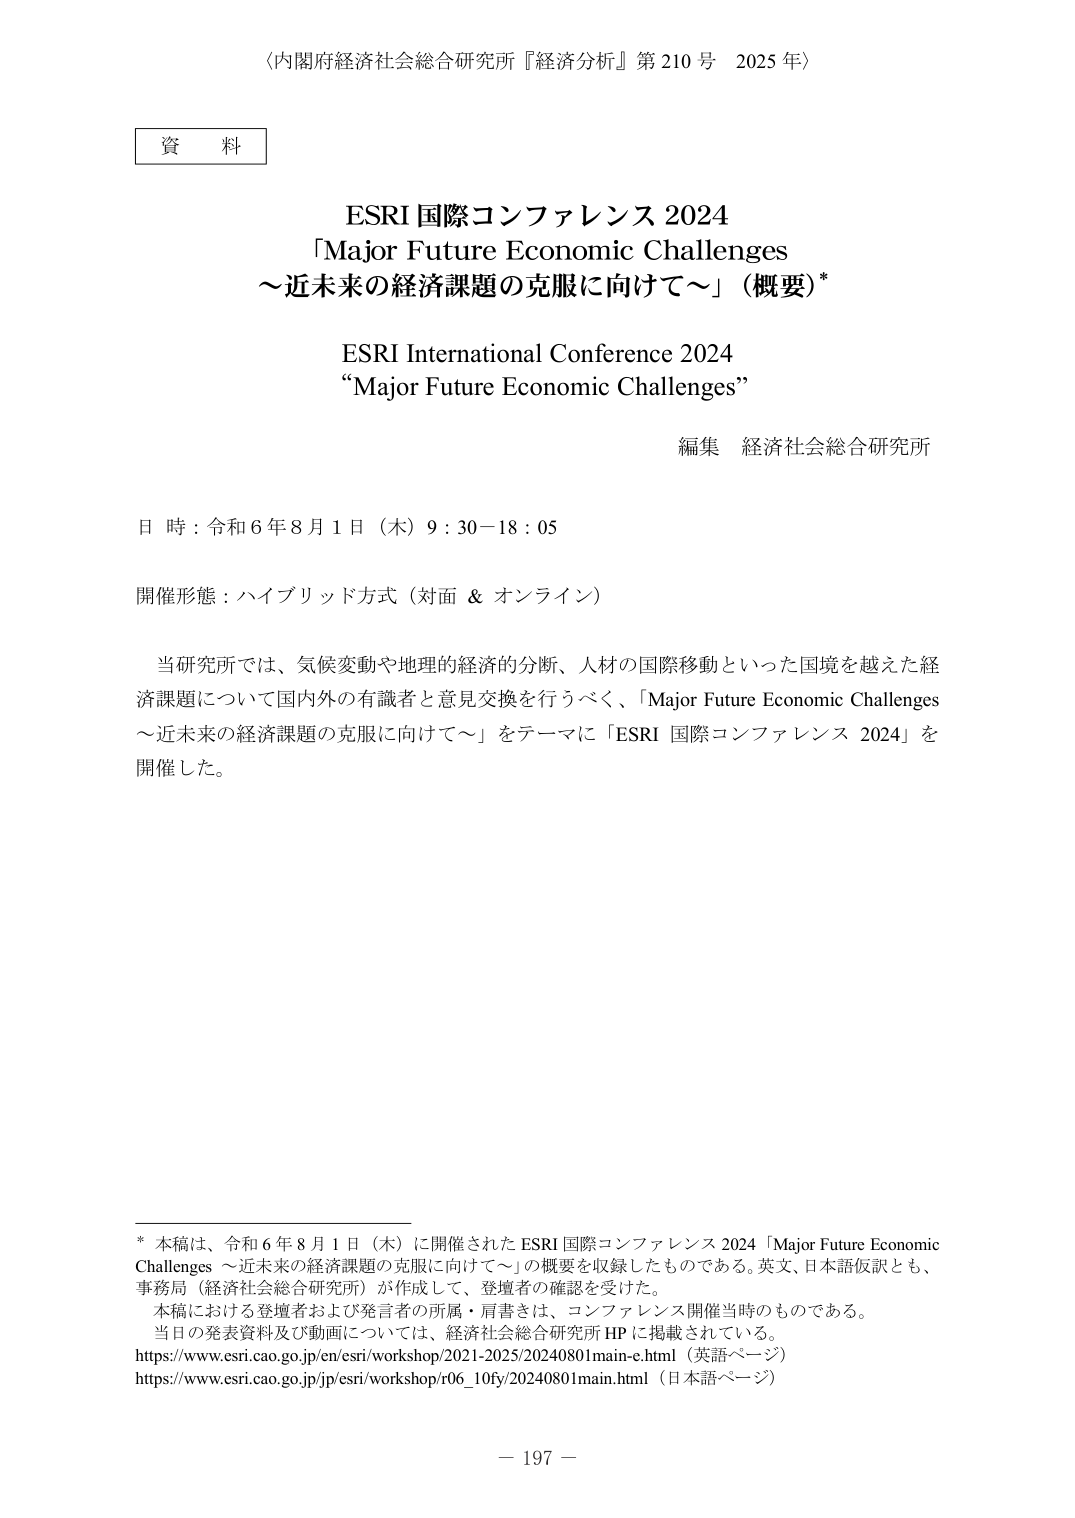
〈内閣府経済社会総合研究所『経済分析』第210号 2025年〉

資料

ESRI 国際コンファレンス 2024
「Major Future Economic Challenges
～近未来の経済課題の克服に向けて～」（概要）*

ESRI International Conference 2024
“Major Future Economic Challenges”

編集 経済社会総合研究所

日時：令和6年8月1日（木）9:30－18:05

開催形態：ハイブリッド方式（対面 & オンライン）

当研究所では、気候変動や地理的経済的分断、人材の国際移動といった国境を越えた経済課題について国内外の有識者と意見交換を行うべく、「Major Future Economic Challenges ～近未来の経済課題の克服に向けて～」をテーマに「ESRI 国際コンファレンス 2024」を開催した。

* 本稿は、令和6年8月1日（木）に開催されたESRI 国際コンファレンス2024「Major Future Economic Challenges ～近未来の経済課題の克服に向けて～」の概要を収録したものである。英文、日本語仮訳とも、事務局（経済社会総合研究所）が作成して、登壇者の確認を受けた。
本稿における登壇者および発言者の所属・肩書きは、コンファレンス開催当時のものである。
当日の発表資料及び動画については、経済社会総合研究所HPに掲載されている。
https://www.esri.cao.go.jp/en/esri/workshop/2021-2025/20240801main-e.html（英語ページ）
https://www.esri.cao.go.jp/jp/esri/workshop/r06_10fy/20240801main.html（日本語ページ）

－ 197 －